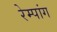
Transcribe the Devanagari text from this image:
रेम्पांग